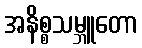
အနိစ္စသမ္ဘူတော